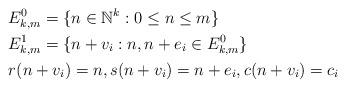
LaTeX: \begin{align*}&E^0_{k,m} = \{n \in \mathbb{N}^k: 0 \le n \le m\} \\&E^1_{k,m} = \{n + v_i: n, n + e_i \in E^0_{k,m} \} \\&r(n+v_i) = n, s(n+v_i) = n + e_i, c(n + v_i) = c_i \end{align*}